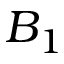
B _ { 1 }